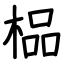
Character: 榀